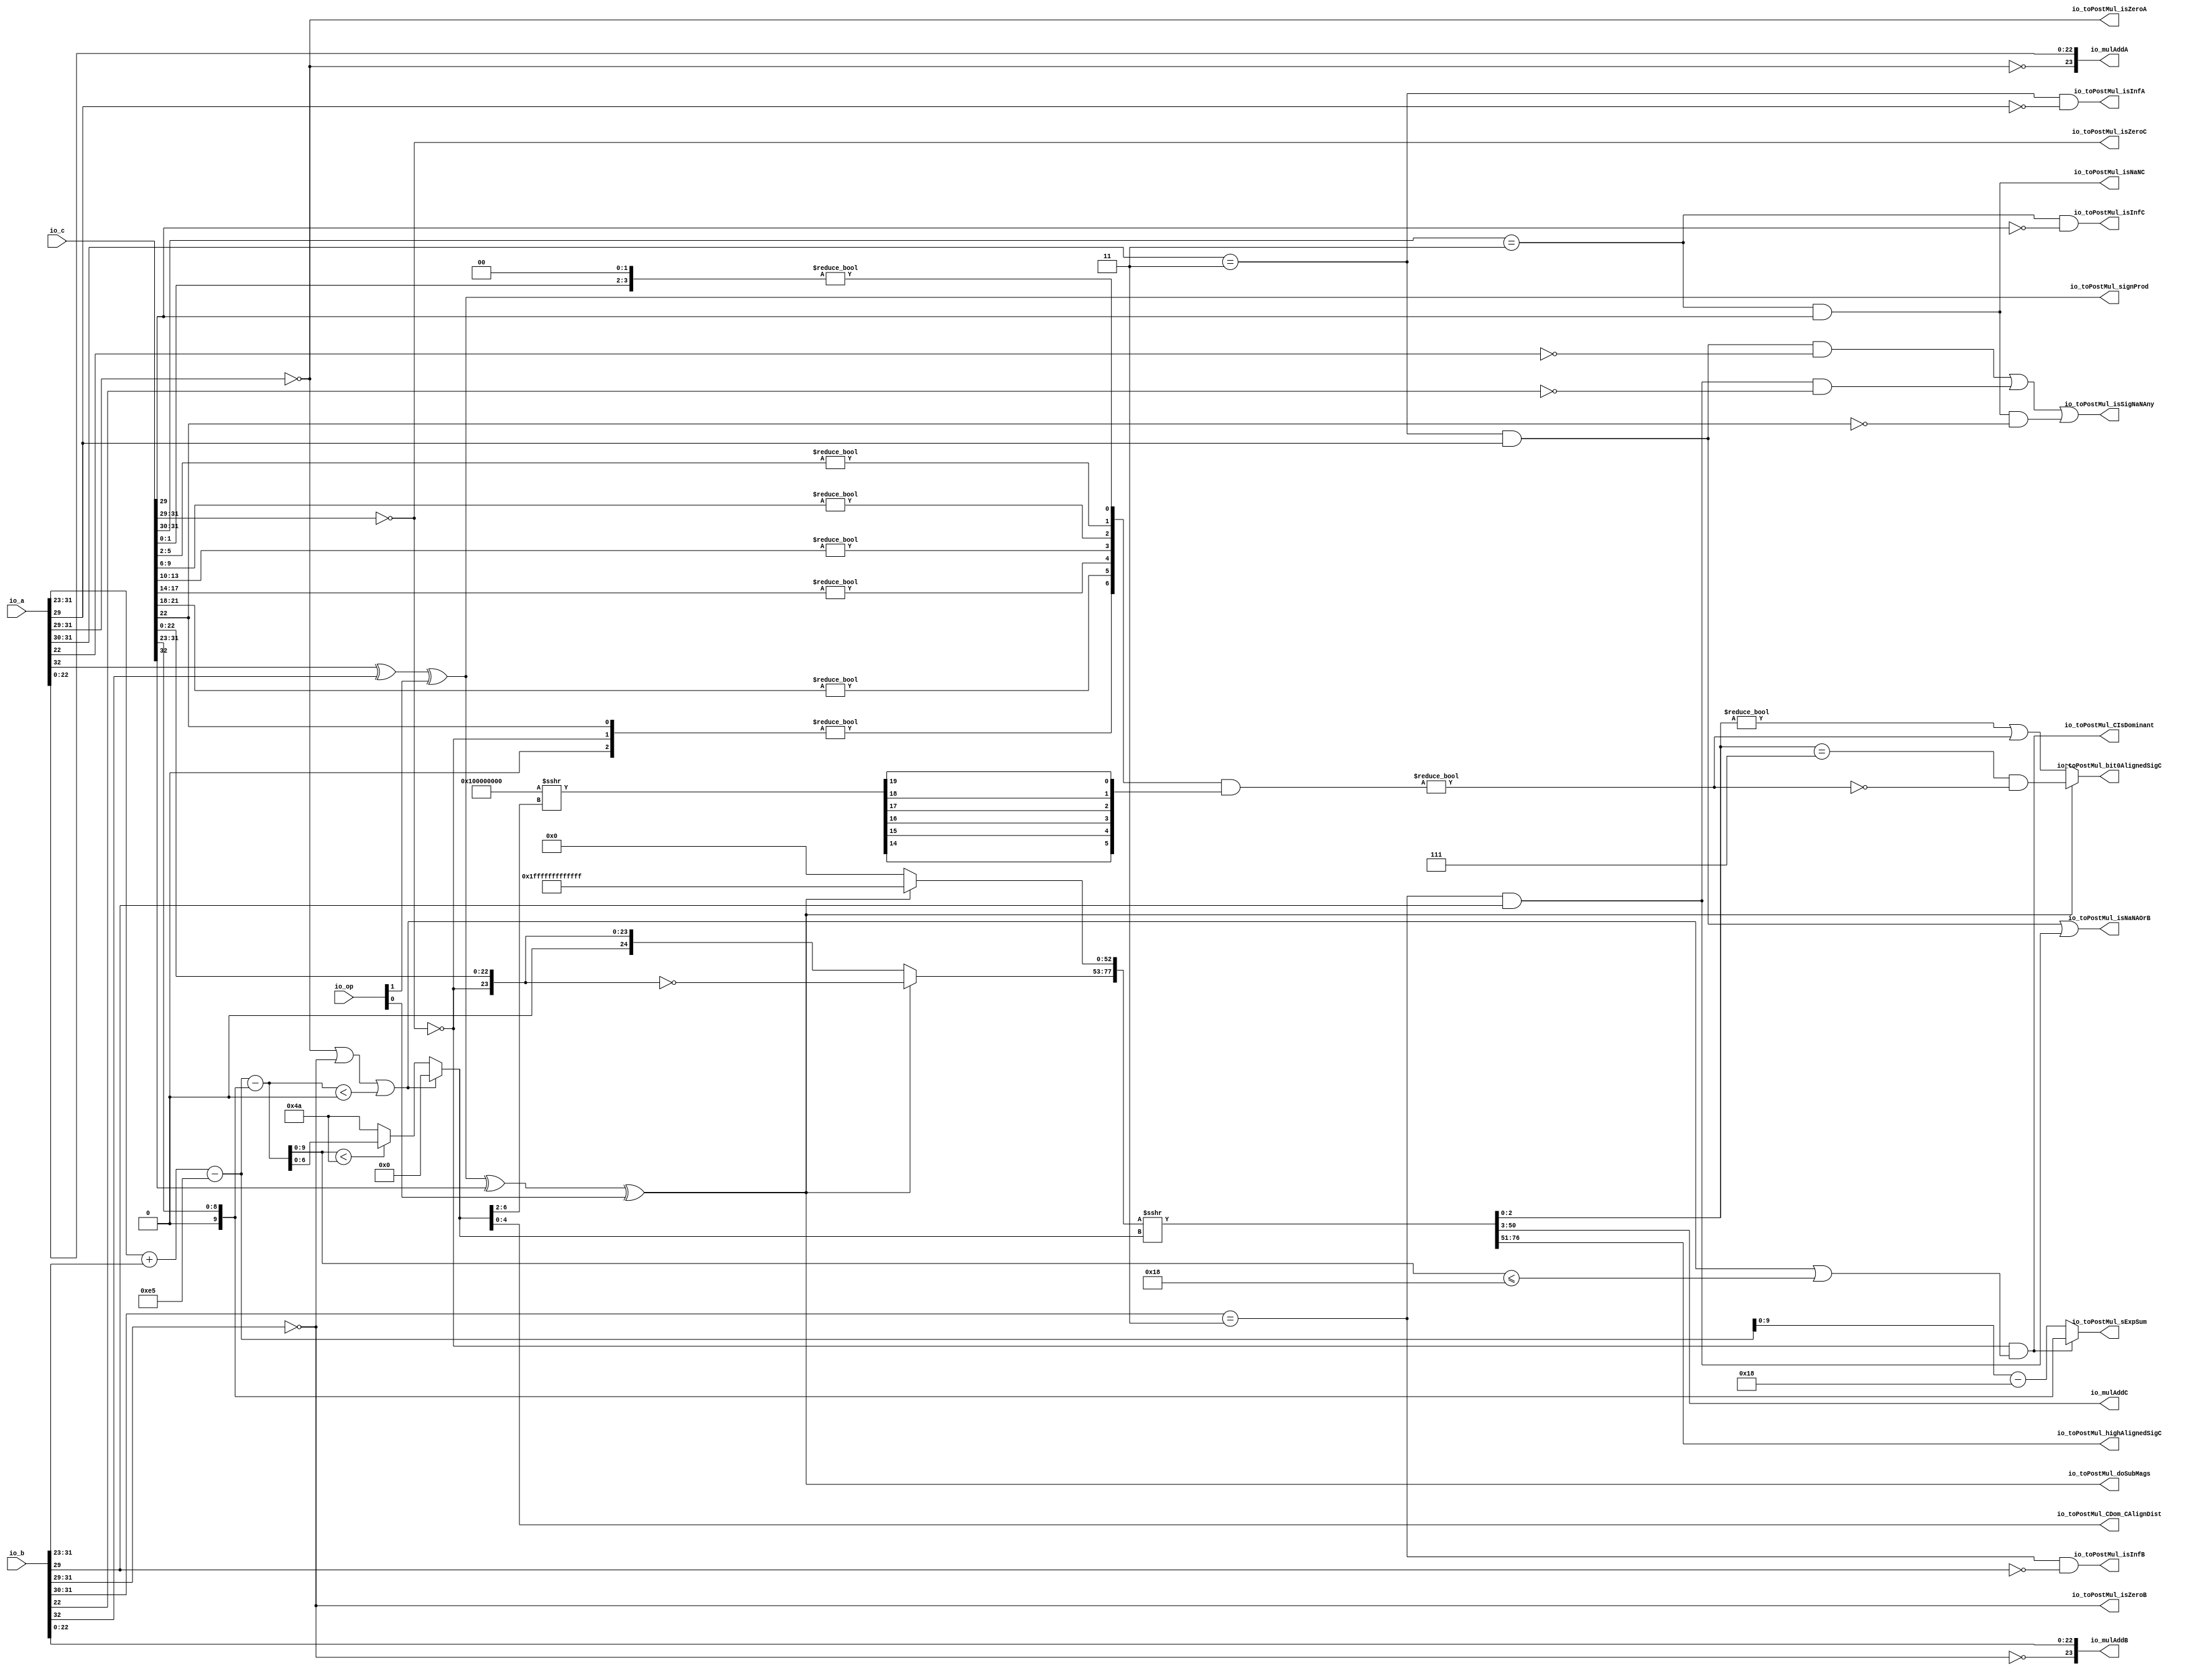
module MulAddRecFNToRaw_preMul( // @[:freechips.rocketchip.system.DefaultRV32Config.fir@190274.2]
  input  [1:0]  io_op, // @[:freechips.rocketchip.system.DefaultRV32Config.fir@190275.4]
  input  [32:0] io_a, // @[:freechips.rocketchip.system.DefaultRV32Config.fir@190275.4]
  input  [32:0] io_b, // @[:freechips.rocketchip.system.DefaultRV32Config.fir@190275.4]
  input  [32:0] io_c, // @[:freechips.rocketchip.system.DefaultRV32Config.fir@190275.4]
  output [23:0] io_mulAddA, // @[:freechips.rocketchip.system.DefaultRV32Config.fir@190275.4]
  output [23:0] io_mulAddB, // @[:freechips.rocketchip.system.DefaultRV32Config.fir@190275.4]
  output [47:0] io_mulAddC, // @[:freechips.rocketchip.system.DefaultRV32Config.fir@190275.4]
  output        io_toPostMul_isSigNaNAny, // @[:freechips.rocketchip.system.DefaultRV32Config.fir@190275.4]
  output        io_toPostMul_isNaNAOrB, // @[:freechips.rocketchip.system.DefaultRV32Config.fir@190275.4]
  output        io_toPostMul_isInfA, // @[:freechips.rocketchip.system.DefaultRV32Config.fir@190275.4]
  output        io_toPostMul_isZeroA, // @[:freechips.rocketchip.system.DefaultRV32Config.fir@190275.4]
  output        io_toPostMul_isInfB, // @[:freechips.rocketchip.system.DefaultRV32Config.fir@190275.4]
  output        io_toPostMul_isZeroB, // @[:freechips.rocketchip.system.DefaultRV32Config.fir@190275.4]
  output        io_toPostMul_signProd, // @[:freechips.rocketchip.system.DefaultRV32Config.fir@190275.4]
  output        io_toPostMul_isNaNC, // @[:freechips.rocketchip.system.DefaultRV32Config.fir@190275.4]
  output        io_toPostMul_isInfC, // @[:freechips.rocketchip.system.DefaultRV32Config.fir@190275.4]
  output        io_toPostMul_isZeroC, // @[:freechips.rocketchip.system.DefaultRV32Config.fir@190275.4]
  output [9:0]  io_toPostMul_sExpSum, // @[:freechips.rocketchip.system.DefaultRV32Config.fir@190275.4]
  output        io_toPostMul_doSubMags, // @[:freechips.rocketchip.system.DefaultRV32Config.fir@190275.4]
  output        io_toPostMul_CIsDominant, // @[:freechips.rocketchip.system.DefaultRV32Config.fir@190275.4]
  output [4:0]  io_toPostMul_CDom_CAlignDist, // @[:freechips.rocketchip.system.DefaultRV32Config.fir@190275.4]
  output [25:0] io_toPostMul_highAlignedSigC, // @[:freechips.rocketchip.system.DefaultRV32Config.fir@190275.4]
  output        io_toPostMul_bit0AlignedSigC // @[:freechips.rocketchip.system.DefaultRV32Config.fir@190275.4]
);
  wire  rawA_isZero; // @[rawFloatFromRecFN.scala 51:54:freechips.rocketchip.system.DefaultRV32Config.fir@190280.4]
  wire  _T_4; // @[rawFloatFromRecFN.scala 52:54:freechips.rocketchip.system.DefaultRV32Config.fir@190282.4]
  wire  rawA_isNaN; // @[rawFloatFromRecFN.scala 55:33:freechips.rocketchip.system.DefaultRV32Config.fir@190286.4]
  wire  _T_8; // @[rawFloatFromRecFN.scala 56:36:freechips.rocketchip.system.DefaultRV32Config.fir@190289.4]
  wire  rawA_sign; // @[rawFloatFromRecFN.scala 58:25:freechips.rocketchip.system.DefaultRV32Config.fir@190293.4]
  wire [9:0] rawA_sExp; // @[rawFloatFromRecFN.scala 59:27:freechips.rocketchip.system.DefaultRV32Config.fir@190295.4]
  wire  _T_12; // @[rawFloatFromRecFN.scala 60:39:freechips.rocketchip.system.DefaultRV32Config.fir@190297.4]
  wire [24:0] rawA_sig; // @[Cat.scala 29:58:freechips.rocketchip.system.DefaultRV32Config.fir@190300.4]
  wire  rawB_isZero; // @[rawFloatFromRecFN.scala 51:54:freechips.rocketchip.system.DefaultRV32Config.fir@190304.4]
  wire  _T_20; // @[rawFloatFromRecFN.scala 52:54:freechips.rocketchip.system.DefaultRV32Config.fir@190306.4]
  wire  rawB_isNaN; // @[rawFloatFromRecFN.scala 55:33:freechips.rocketchip.system.DefaultRV32Config.fir@190310.4]
  wire  _T_24; // @[rawFloatFromRecFN.scala 56:36:freechips.rocketchip.system.DefaultRV32Config.fir@190313.4]
  wire  rawB_sign; // @[rawFloatFromRecFN.scala 58:25:freechips.rocketchip.system.DefaultRV32Config.fir@190317.4]
  wire [9:0] rawB_sExp; // @[rawFloatFromRecFN.scala 59:27:freechips.rocketchip.system.DefaultRV32Config.fir@190319.4]
  wire  _T_28; // @[rawFloatFromRecFN.scala 60:39:freechips.rocketchip.system.DefaultRV32Config.fir@190321.4]
  wire [24:0] rawB_sig; // @[Cat.scala 29:58:freechips.rocketchip.system.DefaultRV32Config.fir@190324.4]
  wire  rawC_isZero; // @[rawFloatFromRecFN.scala 51:54:freechips.rocketchip.system.DefaultRV32Config.fir@190328.4]
  wire  _T_36; // @[rawFloatFromRecFN.scala 52:54:freechips.rocketchip.system.DefaultRV32Config.fir@190330.4]
  wire  rawC_isNaN; // @[rawFloatFromRecFN.scala 55:33:freechips.rocketchip.system.DefaultRV32Config.fir@190334.4]
  wire  _T_40; // @[rawFloatFromRecFN.scala 56:36:freechips.rocketchip.system.DefaultRV32Config.fir@190337.4]
  wire  rawC_sign; // @[rawFloatFromRecFN.scala 58:25:freechips.rocketchip.system.DefaultRV32Config.fir@190341.4]
  wire [9:0] rawC_sExp; // @[rawFloatFromRecFN.scala 59:27:freechips.rocketchip.system.DefaultRV32Config.fir@190343.4]
  wire  _T_44; // @[rawFloatFromRecFN.scala 60:39:freechips.rocketchip.system.DefaultRV32Config.fir@190345.4]
  wire [24:0] rawC_sig; // @[Cat.scala 29:58:freechips.rocketchip.system.DefaultRV32Config.fir@190348.4]
  wire  _T_48; // @[MulAddRecFN.scala 98:30:freechips.rocketchip.system.DefaultRV32Config.fir@190350.4]
  wire  signProd; // @[MulAddRecFN.scala 98:42:freechips.rocketchip.system.DefaultRV32Config.fir@190352.4]
  wire [10:0] _T_50; // @[MulAddRecFN.scala 101:19:freechips.rocketchip.system.DefaultRV32Config.fir@190353.4]
  wire [10:0] sExpAlignedProd; // @[MulAddRecFN.scala 101:32:freechips.rocketchip.system.DefaultRV32Config.fir@190356.4]
  wire  _T_53; // @[MulAddRecFN.scala 103:30:freechips.rocketchip.system.DefaultRV32Config.fir@190357.4]
  wire  doSubMags; // @[MulAddRecFN.scala 103:42:freechips.rocketchip.system.DefaultRV32Config.fir@190359.4]
  wire [10:0] _GEN_0; // @[MulAddRecFN.scala 107:42:freechips.rocketchip.system.DefaultRV32Config.fir@190360.4]
  wire [10:0] sNatCAlignDist; // @[MulAddRecFN.scala 107:42:freechips.rocketchip.system.DefaultRV32Config.fir@190362.4]
  wire [9:0] posNatCAlignDist; // @[MulAddRecFN.scala 108:42:freechips.rocketchip.system.DefaultRV32Config.fir@190363.4]
  wire  _T_57; // @[MulAddRecFN.scala 109:35:freechips.rocketchip.system.DefaultRV32Config.fir@190364.4]
  wire  _T_58; // @[MulAddRecFN.scala 109:69:freechips.rocketchip.system.DefaultRV32Config.fir@190365.4]
  wire  isMinCAlign; // @[MulAddRecFN.scala 109:50:freechips.rocketchip.system.DefaultRV32Config.fir@190366.4]
  wire  _T_60; // @[MulAddRecFN.scala 111:60:freechips.rocketchip.system.DefaultRV32Config.fir@190368.4]
  wire  _T_61; // @[MulAddRecFN.scala 111:39:freechips.rocketchip.system.DefaultRV32Config.fir@190369.4]
  wire  CIsDominant; // @[MulAddRecFN.scala 111:23:freechips.rocketchip.system.DefaultRV32Config.fir@190370.4]
  wire  _T_62; // @[MulAddRecFN.scala 115:34:freechips.rocketchip.system.DefaultRV32Config.fir@190371.4]
  wire [6:0] _T_64; // @[MulAddRecFN.scala 115:16:freechips.rocketchip.system.DefaultRV32Config.fir@190373.4]
  wire [6:0] CAlignDist; // @[MulAddRecFN.scala 113:12:freechips.rocketchip.system.DefaultRV32Config.fir@190374.4]
  wire [24:0] _T_65; // @[MulAddRecFN.scala 121:28:freechips.rocketchip.system.DefaultRV32Config.fir@190375.4]
  wire [24:0] _T_66; // @[MulAddRecFN.scala 121:16:freechips.rocketchip.system.DefaultRV32Config.fir@190376.4]
  wire [52:0] _T_68; // @[Bitwise.scala 71:12:freechips.rocketchip.system.DefaultRV32Config.fir@190378.4]
  wire [77:0] _T_70; // @[MulAddRecFN.scala 123:11:freechips.rocketchip.system.DefaultRV32Config.fir@190380.4]
  wire [77:0] mainAlignedSigC; // @[MulAddRecFN.scala 123:17:freechips.rocketchip.system.DefaultRV32Config.fir@190381.4]
  wire [26:0] _T_71; // @[MulAddRecFN.scala 125:30:freechips.rocketchip.system.DefaultRV32Config.fir@190382.4]
  wire  _T_74; // @[primitives.scala 205:54:freechips.rocketchip.system.DefaultRV32Config.fir@190386.4]
  wire  _T_76; // @[primitives.scala 205:54:freechips.rocketchip.system.DefaultRV32Config.fir@190389.4]
  wire  _T_78; // @[primitives.scala 205:54:freechips.rocketchip.system.DefaultRV32Config.fir@190392.4]
  wire  _T_80; // @[primitives.scala 205:54:freechips.rocketchip.system.DefaultRV32Config.fir@190395.4]
  wire  _T_82; // @[primitives.scala 205:54:freechips.rocketchip.system.DefaultRV32Config.fir@190398.4]
  wire  _T_84; // @[primitives.scala 205:54:freechips.rocketchip.system.DefaultRV32Config.fir@190401.4]
  wire  _T_86; // @[primitives.scala 208:57:freechips.rocketchip.system.DefaultRV32Config.fir@190404.4]
  wire [6:0] _T_92; // @[primitives.scala 209:20:freechips.rocketchip.system.DefaultRV32Config.fir@190411.4]
  wire [32:0] shift; // @[primitives.scala 160:58:freechips.rocketchip.system.DefaultRV32Config.fir@190413.4]
  wire [5:0] _T_109; // @[Cat.scala 29:58:freechips.rocketchip.system.DefaultRV32Config.fir@190429.4]
  wire [6:0] _GEN_1; // @[MulAddRecFN.scala 125:68:freechips.rocketchip.system.DefaultRV32Config.fir@190430.4]
  wire [6:0] _T_110; // @[MulAddRecFN.scala 125:68:freechips.rocketchip.system.DefaultRV32Config.fir@190430.4]
  wire  reduced4CExtra; // @[MulAddRecFN.scala 133:11:freechips.rocketchip.system.DefaultRV32Config.fir@190431.4]
  wire  _T_113; // @[MulAddRecFN.scala 137:39:freechips.rocketchip.system.DefaultRV32Config.fir@190434.4]
  wire  _T_114; // @[MulAddRecFN.scala 137:47:freechips.rocketchip.system.DefaultRV32Config.fir@190435.4]
  wire  _T_115; // @[MulAddRecFN.scala 137:44:freechips.rocketchip.system.DefaultRV32Config.fir@190436.4]
  wire  _T_117; // @[MulAddRecFN.scala 138:39:freechips.rocketchip.system.DefaultRV32Config.fir@190438.4]
  wire  _T_118; // @[MulAddRecFN.scala 138:44:freechips.rocketchip.system.DefaultRV32Config.fir@190439.4]
  wire  _T_119; // @[MulAddRecFN.scala 136:16:freechips.rocketchip.system.DefaultRV32Config.fir@190440.4]
  wire [74:0] _T_120; // @[Cat.scala 29:58:freechips.rocketchip.system.DefaultRV32Config.fir@190441.4]
  wire [75:0] alignedSigC; // @[Cat.scala 29:58:freechips.rocketchip.system.DefaultRV32Config.fir@190442.4]
  wire  _T_123; // @[common.scala 81:49:freechips.rocketchip.system.DefaultRV32Config.fir@190448.4]
  wire  _T_124; // @[common.scala 81:46:freechips.rocketchip.system.DefaultRV32Config.fir@190449.4]
  wire  _T_126; // @[common.scala 81:49:freechips.rocketchip.system.DefaultRV32Config.fir@190451.4]
  wire  _T_127; // @[common.scala 81:46:freechips.rocketchip.system.DefaultRV32Config.fir@190452.4]
  wire  _T_128; // @[MulAddRecFN.scala 149:32:freechips.rocketchip.system.DefaultRV32Config.fir@190453.4]
  wire  _T_130; // @[common.scala 81:49:freechips.rocketchip.system.DefaultRV32Config.fir@190455.4]
  wire  _T_131; // @[common.scala 81:46:freechips.rocketchip.system.DefaultRV32Config.fir@190456.4]
  wire [10:0] _T_136; // @[MulAddRecFN.scala 161:53:freechips.rocketchip.system.DefaultRV32Config.fir@190471.4]
  wire [10:0] _T_137; // @[MulAddRecFN.scala 161:12:freechips.rocketchip.system.DefaultRV32Config.fir@190472.4]
  assign rawA_isZero = io_a[31:29] == 3'h0; // @[rawFloatFromRecFN.scala 51:54:freechips.rocketchip.system.DefaultRV32Config.fir@190280.4]
  assign _T_4 = io_a[31:30] == 2'h3; // @[rawFloatFromRecFN.scala 52:54:freechips.rocketchip.system.DefaultRV32Config.fir@190282.4]
  assign rawA_isNaN = _T_4 & io_a[29]; // @[rawFloatFromRecFN.scala 55:33:freechips.rocketchip.system.DefaultRV32Config.fir@190286.4]
  assign _T_8 = ~io_a[29]; // @[rawFloatFromRecFN.scala 56:36:freechips.rocketchip.system.DefaultRV32Config.fir@190289.4]
  assign rawA_sign = io_a[32]; // @[rawFloatFromRecFN.scala 58:25:freechips.rocketchip.system.DefaultRV32Config.fir@190293.4]
  assign rawA_sExp = {1'b0,$signed(io_a[31:23])}; // @[rawFloatFromRecFN.scala 59:27:freechips.rocketchip.system.DefaultRV32Config.fir@190295.4]
  assign _T_12 = ~rawA_isZero; // @[rawFloatFromRecFN.scala 60:39:freechips.rocketchip.system.DefaultRV32Config.fir@190297.4]
  assign rawA_sig = {1'h0,_T_12,io_a[22:0]}; // @[Cat.scala 29:58:freechips.rocketchip.system.DefaultRV32Config.fir@190300.4]
  assign rawB_isZero = io_b[31:29] == 3'h0; // @[rawFloatFromRecFN.scala 51:54:freechips.rocketchip.system.DefaultRV32Config.fir@190304.4]
  assign _T_20 = io_b[31:30] == 2'h3; // @[rawFloatFromRecFN.scala 52:54:freechips.rocketchip.system.DefaultRV32Config.fir@190306.4]
  assign rawB_isNaN = _T_20 & io_b[29]; // @[rawFloatFromRecFN.scala 55:33:freechips.rocketchip.system.DefaultRV32Config.fir@190310.4]
  assign _T_24 = ~io_b[29]; // @[rawFloatFromRecFN.scala 56:36:freechips.rocketchip.system.DefaultRV32Config.fir@190313.4]
  assign rawB_sign = io_b[32]; // @[rawFloatFromRecFN.scala 58:25:freechips.rocketchip.system.DefaultRV32Config.fir@190317.4]
  assign rawB_sExp = {1'b0,$signed(io_b[31:23])}; // @[rawFloatFromRecFN.scala 59:27:freechips.rocketchip.system.DefaultRV32Config.fir@190319.4]
  assign _T_28 = ~rawB_isZero; // @[rawFloatFromRecFN.scala 60:39:freechips.rocketchip.system.DefaultRV32Config.fir@190321.4]
  assign rawB_sig = {1'h0,_T_28,io_b[22:0]}; // @[Cat.scala 29:58:freechips.rocketchip.system.DefaultRV32Config.fir@190324.4]
  assign rawC_isZero = io_c[31:29] == 3'h0; // @[rawFloatFromRecFN.scala 51:54:freechips.rocketchip.system.DefaultRV32Config.fir@190328.4]
  assign _T_36 = io_c[31:30] == 2'h3; // @[rawFloatFromRecFN.scala 52:54:freechips.rocketchip.system.DefaultRV32Config.fir@190330.4]
  assign rawC_isNaN = _T_36 & io_c[29]; // @[rawFloatFromRecFN.scala 55:33:freechips.rocketchip.system.DefaultRV32Config.fir@190334.4]
  assign _T_40 = ~io_c[29]; // @[rawFloatFromRecFN.scala 56:36:freechips.rocketchip.system.DefaultRV32Config.fir@190337.4]
  assign rawC_sign = io_c[32]; // @[rawFloatFromRecFN.scala 58:25:freechips.rocketchip.system.DefaultRV32Config.fir@190341.4]
  assign rawC_sExp = {1'b0,$signed(io_c[31:23])}; // @[rawFloatFromRecFN.scala 59:27:freechips.rocketchip.system.DefaultRV32Config.fir@190343.4]
  assign _T_44 = ~rawC_isZero; // @[rawFloatFromRecFN.scala 60:39:freechips.rocketchip.system.DefaultRV32Config.fir@190345.4]
  assign rawC_sig = {1'h0,_T_44,io_c[22:0]}; // @[Cat.scala 29:58:freechips.rocketchip.system.DefaultRV32Config.fir@190348.4]
  assign _T_48 = rawA_sign ^ rawB_sign; // @[MulAddRecFN.scala 98:30:freechips.rocketchip.system.DefaultRV32Config.fir@190350.4]
  assign signProd = _T_48 ^ io_op[1]; // @[MulAddRecFN.scala 98:42:freechips.rocketchip.system.DefaultRV32Config.fir@190352.4]
  assign _T_50 = $signed(rawA_sExp) + $signed(rawB_sExp); // @[MulAddRecFN.scala 101:19:freechips.rocketchip.system.DefaultRV32Config.fir@190353.4]
  assign sExpAlignedProd = $signed(_T_50) - 11'she5; // @[MulAddRecFN.scala 101:32:freechips.rocketchip.system.DefaultRV32Config.fir@190356.4]
  assign _T_53 = signProd ^ rawC_sign; // @[MulAddRecFN.scala 103:30:freechips.rocketchip.system.DefaultRV32Config.fir@190357.4]
  assign doSubMags = _T_53 ^ io_op[0]; // @[MulAddRecFN.scala 103:42:freechips.rocketchip.system.DefaultRV32Config.fir@190359.4]
  assign _GEN_0 = {{1{rawC_sExp[9]}},rawC_sExp}; // @[MulAddRecFN.scala 107:42:freechips.rocketchip.system.DefaultRV32Config.fir@190360.4]
  assign sNatCAlignDist = $signed(sExpAlignedProd) - $signed(_GEN_0); // @[MulAddRecFN.scala 107:42:freechips.rocketchip.system.DefaultRV32Config.fir@190362.4]
  assign posNatCAlignDist = sNatCAlignDist[9:0]; // @[MulAddRecFN.scala 108:42:freechips.rocketchip.system.DefaultRV32Config.fir@190363.4]
  assign _T_57 = rawA_isZero | rawB_isZero; // @[MulAddRecFN.scala 109:35:freechips.rocketchip.system.DefaultRV32Config.fir@190364.4]
  assign _T_58 = $signed(sNatCAlignDist) < 11'sh0; // @[MulAddRecFN.scala 109:69:freechips.rocketchip.system.DefaultRV32Config.fir@190365.4]
  assign isMinCAlign = _T_57 | _T_58; // @[MulAddRecFN.scala 109:50:freechips.rocketchip.system.DefaultRV32Config.fir@190366.4]
  assign _T_60 = posNatCAlignDist <= 10'h18; // @[MulAddRecFN.scala 111:60:freechips.rocketchip.system.DefaultRV32Config.fir@190368.4]
  assign _T_61 = isMinCAlign | _T_60; // @[MulAddRecFN.scala 111:39:freechips.rocketchip.system.DefaultRV32Config.fir@190369.4]
  assign CIsDominant = _T_44 & _T_61; // @[MulAddRecFN.scala 111:23:freechips.rocketchip.system.DefaultRV32Config.fir@190370.4]
  assign _T_62 = posNatCAlignDist < 10'h4a; // @[MulAddRecFN.scala 115:34:freechips.rocketchip.system.DefaultRV32Config.fir@190371.4]
  assign _T_64 = _T_62 ? posNatCAlignDist[6:0] : 7'h4a; // @[MulAddRecFN.scala 115:16:freechips.rocketchip.system.DefaultRV32Config.fir@190373.4]
  assign CAlignDist = isMinCAlign ? 7'h0 : _T_64; // @[MulAddRecFN.scala 113:12:freechips.rocketchip.system.DefaultRV32Config.fir@190374.4]
  assign _T_65 = ~rawC_sig; // @[MulAddRecFN.scala 121:28:freechips.rocketchip.system.DefaultRV32Config.fir@190375.4]
  assign _T_66 = doSubMags ? _T_65 : rawC_sig; // @[MulAddRecFN.scala 121:16:freechips.rocketchip.system.DefaultRV32Config.fir@190376.4]
  assign _T_68 = doSubMags ? 53'h1fffffffffffff : 53'h0; // @[Bitwise.scala 71:12:freechips.rocketchip.system.DefaultRV32Config.fir@190378.4]
  assign _T_70 = {_T_66,_T_68}; // @[MulAddRecFN.scala 123:11:freechips.rocketchip.system.DefaultRV32Config.fir@190380.4]
  assign mainAlignedSigC = $signed(_T_70) >>> CAlignDist; // @[MulAddRecFN.scala 123:17:freechips.rocketchip.system.DefaultRV32Config.fir@190381.4]
  assign _T_71 = {rawC_sig, 2'h0}; // @[MulAddRecFN.scala 125:30:freechips.rocketchip.system.DefaultRV32Config.fir@190382.4]
  assign _T_74 = _T_71[3:0] != 4'h0; // @[primitives.scala 205:54:freechips.rocketchip.system.DefaultRV32Config.fir@190386.4]
  assign _T_76 = _T_71[7:4] != 4'h0; // @[primitives.scala 205:54:freechips.rocketchip.system.DefaultRV32Config.fir@190389.4]
  assign _T_78 = _T_71[11:8] != 4'h0; // @[primitives.scala 205:54:freechips.rocketchip.system.DefaultRV32Config.fir@190392.4]
  assign _T_80 = _T_71[15:12] != 4'h0; // @[primitives.scala 205:54:freechips.rocketchip.system.DefaultRV32Config.fir@190395.4]
  assign _T_82 = _T_71[19:16] != 4'h0; // @[primitives.scala 205:54:freechips.rocketchip.system.DefaultRV32Config.fir@190398.4]
  assign _T_84 = _T_71[23:20] != 4'h0; // @[primitives.scala 205:54:freechips.rocketchip.system.DefaultRV32Config.fir@190401.4]
  assign _T_86 = _T_71[26:24] != 3'h0; // @[primitives.scala 208:57:freechips.rocketchip.system.DefaultRV32Config.fir@190404.4]
  assign _T_92 = {_T_86,_T_84,_T_82,_T_80,_T_78,_T_76,_T_74}; // @[primitives.scala 209:20:freechips.rocketchip.system.DefaultRV32Config.fir@190411.4]
  assign shift = -33'sh100000000 >>> CAlignDist[6:2]; // @[primitives.scala 160:58:freechips.rocketchip.system.DefaultRV32Config.fir@190413.4]
  assign _T_109 = {shift[14],shift[15],shift[16],shift[17],shift[18],shift[19]}; // @[Cat.scala 29:58:freechips.rocketchip.system.DefaultRV32Config.fir@190429.4]
  assign _GEN_1 = {{1'd0}, _T_109}; // @[MulAddRecFN.scala 125:68:freechips.rocketchip.system.DefaultRV32Config.fir@190430.4]
  assign _T_110 = _T_92 & _GEN_1; // @[MulAddRecFN.scala 125:68:freechips.rocketchip.system.DefaultRV32Config.fir@190430.4]
  assign reduced4CExtra = _T_110 != 7'h0; // @[MulAddRecFN.scala 133:11:freechips.rocketchip.system.DefaultRV32Config.fir@190431.4]
  assign _T_113 = mainAlignedSigC[2:0] == 3'h7; // @[MulAddRecFN.scala 137:39:freechips.rocketchip.system.DefaultRV32Config.fir@190434.4]
  assign _T_114 = ~reduced4CExtra; // @[MulAddRecFN.scala 137:47:freechips.rocketchip.system.DefaultRV32Config.fir@190435.4]
  assign _T_115 = _T_113 & _T_114; // @[MulAddRecFN.scala 137:44:freechips.rocketchip.system.DefaultRV32Config.fir@190436.4]
  assign _T_117 = mainAlignedSigC[2:0] != 3'h0; // @[MulAddRecFN.scala 138:39:freechips.rocketchip.system.DefaultRV32Config.fir@190438.4]
  assign _T_118 = _T_117 | reduced4CExtra; // @[MulAddRecFN.scala 138:44:freechips.rocketchip.system.DefaultRV32Config.fir@190439.4]
  assign _T_119 = doSubMags ? _T_115 : _T_118; // @[MulAddRecFN.scala 136:16:freechips.rocketchip.system.DefaultRV32Config.fir@190440.4]
  assign _T_120 = mainAlignedSigC[77:3]; // @[Cat.scala 29:58:freechips.rocketchip.system.DefaultRV32Config.fir@190441.4]
  assign alignedSigC = {_T_120,_T_119}; // @[Cat.scala 29:58:freechips.rocketchip.system.DefaultRV32Config.fir@190442.4]
  assign _T_123 = ~rawA_sig[22]; // @[common.scala 81:49:freechips.rocketchip.system.DefaultRV32Config.fir@190448.4]
  assign _T_124 = rawA_isNaN & _T_123; // @[common.scala 81:46:freechips.rocketchip.system.DefaultRV32Config.fir@190449.4]
  assign _T_126 = ~rawB_sig[22]; // @[common.scala 81:49:freechips.rocketchip.system.DefaultRV32Config.fir@190451.4]
  assign _T_127 = rawB_isNaN & _T_126; // @[common.scala 81:46:freechips.rocketchip.system.DefaultRV32Config.fir@190452.4]
  assign _T_128 = _T_124 | _T_127; // @[MulAddRecFN.scala 149:32:freechips.rocketchip.system.DefaultRV32Config.fir@190453.4]
  assign _T_130 = ~rawC_sig[22]; // @[common.scala 81:49:freechips.rocketchip.system.DefaultRV32Config.fir@190455.4]
  assign _T_131 = rawC_isNaN & _T_130; // @[common.scala 81:46:freechips.rocketchip.system.DefaultRV32Config.fir@190456.4]
  assign _T_136 = $signed(sExpAlignedProd) - 11'sh18; // @[MulAddRecFN.scala 161:53:freechips.rocketchip.system.DefaultRV32Config.fir@190471.4]
  assign _T_137 = CIsDominant ? $signed({{1{rawC_sExp[9]}},rawC_sExp}) : $signed(_T_136); // @[MulAddRecFN.scala 161:12:freechips.rocketchip.system.DefaultRV32Config.fir@190472.4]
  assign io_mulAddA = rawA_sig[23:0]; // @[MulAddRecFN.scala 144:16:freechips.rocketchip.system.DefaultRV32Config.fir@190443.4]
  assign io_mulAddB = rawB_sig[23:0]; // @[MulAddRecFN.scala 145:16:freechips.rocketchip.system.DefaultRV32Config.fir@190444.4]
  assign io_mulAddC = alignedSigC[48:1]; // @[MulAddRecFN.scala 146:16:freechips.rocketchip.system.DefaultRV32Config.fir@190446.4]
  assign io_toPostMul_isSigNaNAny = _T_128 | _T_131; // @[MulAddRecFN.scala 148:30:freechips.rocketchip.system.DefaultRV32Config.fir@190458.4]
  assign io_toPostMul_isNaNAOrB = rawA_isNaN | rawB_isNaN; // @[MulAddRecFN.scala 151:28:freechips.rocketchip.system.DefaultRV32Config.fir@190460.4]
  assign io_toPostMul_isInfA = _T_4 & _T_8; // @[MulAddRecFN.scala 152:28:freechips.rocketchip.system.DefaultRV32Config.fir@190461.4]
  assign io_toPostMul_isZeroA = io_a[31:29] == 3'h0; // @[MulAddRecFN.scala 153:28:freechips.rocketchip.system.DefaultRV32Config.fir@190462.4]
  assign io_toPostMul_isInfB = _T_20 & _T_24; // @[MulAddRecFN.scala 154:28:freechips.rocketchip.system.DefaultRV32Config.fir@190463.4]
  assign io_toPostMul_isZeroB = io_b[31:29] == 3'h0; // @[MulAddRecFN.scala 155:28:freechips.rocketchip.system.DefaultRV32Config.fir@190464.4]
  assign io_toPostMul_signProd = _T_48 ^ io_op[1]; // @[MulAddRecFN.scala 156:28:freechips.rocketchip.system.DefaultRV32Config.fir@190465.4]
  assign io_toPostMul_isNaNC = _T_36 & io_c[29]; // @[MulAddRecFN.scala 157:28:freechips.rocketchip.system.DefaultRV32Config.fir@190466.4]
  assign io_toPostMul_isInfC = _T_36 & _T_40; // @[MulAddRecFN.scala 158:28:freechips.rocketchip.system.DefaultRV32Config.fir@190467.4]
  assign io_toPostMul_isZeroC = io_c[31:29] == 3'h0; // @[MulAddRecFN.scala 159:28:freechips.rocketchip.system.DefaultRV32Config.fir@190468.4]
  assign io_toPostMul_sExpSum = _T_137[9:0]; // @[MulAddRecFN.scala 160:28:freechips.rocketchip.system.DefaultRV32Config.fir@190473.4]
  assign io_toPostMul_doSubMags = _T_53 ^ io_op[0]; // @[MulAddRecFN.scala 162:28:freechips.rocketchip.system.DefaultRV32Config.fir@190474.4]
  assign io_toPostMul_CIsDominant = _T_44 & _T_61; // @[MulAddRecFN.scala 163:30:freechips.rocketchip.system.DefaultRV32Config.fir@190475.4]
  assign io_toPostMul_CDom_CAlignDist = CAlignDist[4:0]; // @[MulAddRecFN.scala 164:34:freechips.rocketchip.system.DefaultRV32Config.fir@190477.4]
  assign io_toPostMul_highAlignedSigC = alignedSigC[74:49]; // @[MulAddRecFN.scala 165:34:freechips.rocketchip.system.DefaultRV32Config.fir@190479.4]
  assign io_toPostMul_bit0AlignedSigC = alignedSigC[0]; // @[MulAddRecFN.scala 167:34:freechips.rocketchip.system.DefaultRV32Config.fir@190481.4]
endmodule